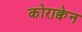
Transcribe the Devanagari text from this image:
कोराक्वेन